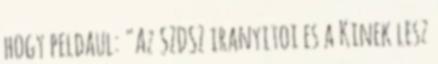
hogy peldaul: "Az SZDSZ iranyitoi es a Kinek lesz